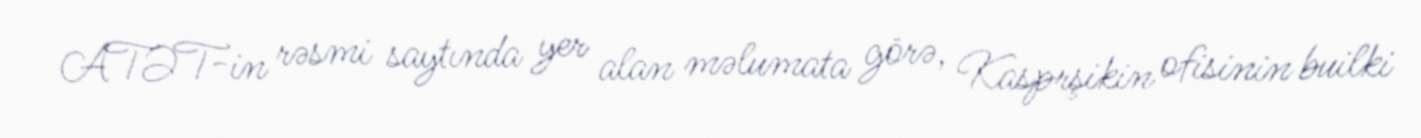
ATƏT-in rəsmi saytında yer alan məlumata görə, Kasprşikin ofisinin builki